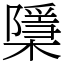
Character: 檃